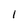
Character: l